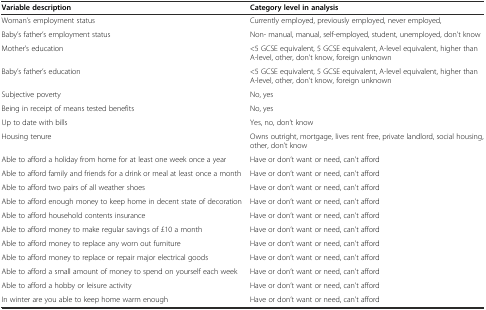
| Variable description | Category level in analysis |
 | --- | --- |
 | Woman’s employment status | Currently employed, previously employed, never employed, |
 | Baby’s father’s employment status | Non- manual, manual, self-employed, student, unemployed, don’t know |
 | Mother’s education | <5 GCSE equivalent, 5 GCSE equivalent, A-level equivalent, higher than A-level, other, don’t know, foreign unknown |
 | Baby’s father’s education | <5 GCSE equivalent, 5 GCSE equivalent, A-level equivalent, higher than A-level, other, don’t know, foreign unknown |
 | Subjective poverty | No, yes |
 | Being in receipt of means tested benefits | No, yes |
 | Up to date with bills | Yes, no, don’t know |
 | Housing tenure | Owns outright, mortgage, lives rent free, private landlord, social housing, other, don’t know |
 | Able to afford a holiday from home for at least one week once a year | Have or don’t want or need, can’t afford |
 | Able to afford family and friends for a drink or meal at least once a month | Have or don’t want or need, can’t afford |
 | Able to afford two pairs of all weather shoes | Have or don’t want or need, can’t afford |
 | Able to afford enough money to keep home in decent state of decoration | Have or don’t want or need, can’t afford |
 | Able to afford household contents insurance | Have or don’t want or need, can’t afford |
 | Able to afford money to make regular savings of £10 a month | Have or don’t want or need, can’t afford |
 | Able to afford money to replace any worn out furniture | Have or don’t want or need, can’t afford |
 | Able to afford money to replace or repair major electrical goods | Have or don’t want or need, can’t afford |
 | Able to afford a small amount of money to spend on yourself each week | Have or don’t want or need, can’t afford |
 | Able to afford a hobby or leisure activity | Have or don’t want or need, can’t afford |
 | In winter are you able to keep home warm enough | Have or don’t want or need, can’t afford |